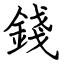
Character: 錢